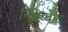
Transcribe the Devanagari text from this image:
निश्चय्वाद